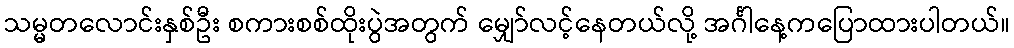
သမ္မတလောင်းနှစ်ဦး စကားစစ်ထိုးပွဲအတွက် မျှော်လင့်နေတယ်လို့ အင်္ဂါနေ့ကပြောထားပါတယ်။